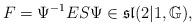
LaTeX: \begin{align*}F=\Psi^{-1}ES\Psi\in\mathfrak{sl}(2\vert1,\mathbb{G}),\end{align*}